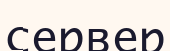
сервер